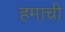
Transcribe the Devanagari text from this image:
हमाची